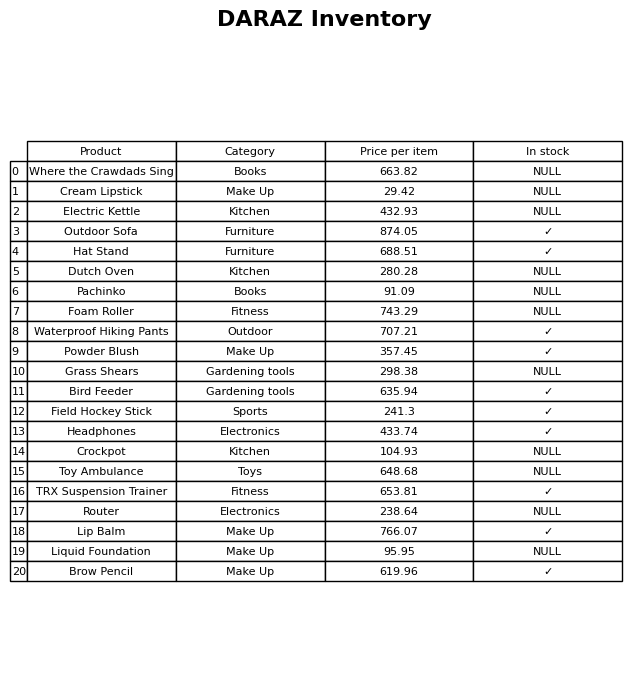
question: What is the price of the Brow Pencil?
answer: The price of Brow Pencil is 619.96.